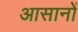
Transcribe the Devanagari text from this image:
आसानों